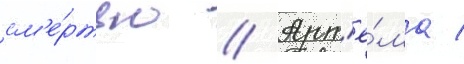
см'е́ртью // Арт'ё́ма /